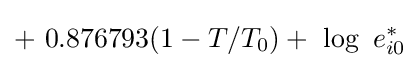
+\ 0.876793(1-T/T_{0})+\ \log \ e_{i0}^{*}